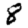
Digit: 8